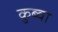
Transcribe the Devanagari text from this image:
कुब्वा